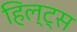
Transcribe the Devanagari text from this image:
हिल्ट्स